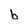
Character: b